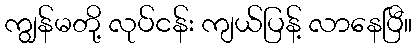
ကျွန်မတို့ လုပ်ငန်း ကျယ်ပြန့် လာနေပြီ။